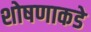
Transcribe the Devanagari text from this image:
शोषणाकडे